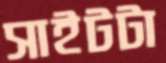
সাইটটা